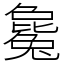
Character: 毚